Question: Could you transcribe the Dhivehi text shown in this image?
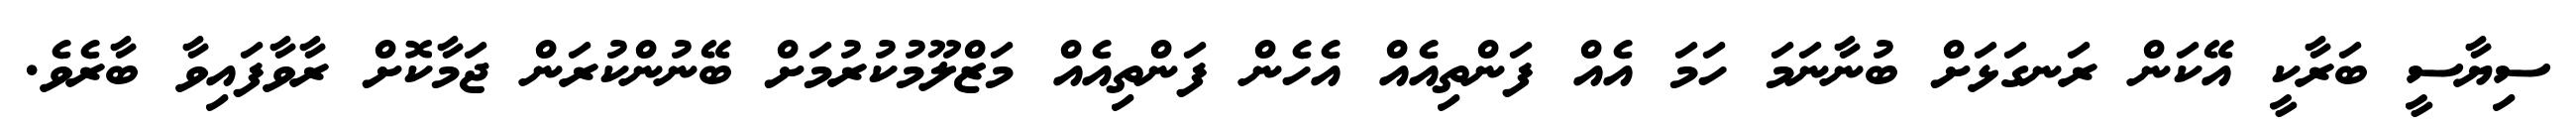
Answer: ސިޔާސީ ބަރާކީ އޭކަން ރަނގަޅަށް ބުނާނަމަ ހަމަ އެއް ފަންތިއެއް އެހެން ފަންތިއެއް މަޒްލޫމުކުރުމަށް ބޭނުންކުރަން ޖަމާކޮށް ރާވާފައިވާ ބާރެވެ.